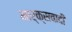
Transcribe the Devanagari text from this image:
मार्क्सवादी